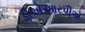
ડીએઆરપીએ